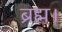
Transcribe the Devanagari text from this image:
ब्रह्म।